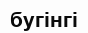
бугінгі